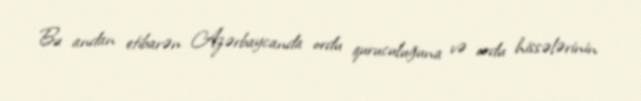
Bu andan etibarən Azərbaycanda ordu quruculuğuna və ordu hissələrinin